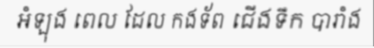
អំឡុង ពេល ដែល កងទ័ព ជើងទឹក បារាំង